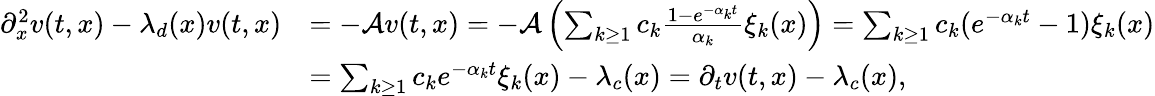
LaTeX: \begin{array}{rl}{\partial_{x}^{2}v(t,x)-\lambda_{d}(x)v(t,x)}&{=-\mathcal{A}v(t,x)=-\mathcal{A}\left(\sum_{k\geq 1}c_{k}\frac{1-e^{-\alpha_{k}t}}{\alpha_{k}}\xi_{k}(x)\right)=\sum_{k\geq 1}c_{k}(e^{-\alpha_{k}t}-1)\xi_{k}(x)}\\ &{=\sum_{k\geq 1}c_{k}e^{-\alpha_{k}t}\xi_{k}(x)-\lambda_{c}(x)=\partial_{t}v(t,x)-\lambda_{c}(x),}\end{array}